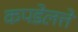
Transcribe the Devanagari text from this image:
कपडेलत्ते